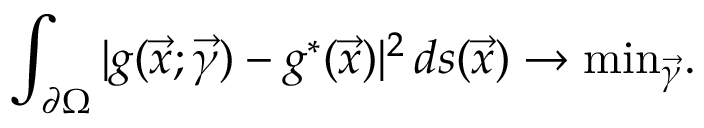
\int _ { \partial \Omega } | g ( \vec { x } ; \vec { \gamma } ) - g ^ { * } ( \vec { x } ) | ^ { 2 } \, d s ( \vec { x } ) \rightarrow \mathrm { m i n } _ { { \vec { \gamma } } } .